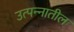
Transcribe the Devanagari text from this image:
उत्पन्‍नातील